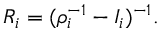
R _ { i } = ( \rho _ { i } ^ { - 1 } - I _ { i } ) ^ { - 1 } .